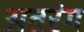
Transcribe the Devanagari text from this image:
अतरंग